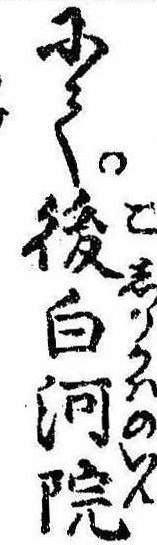
にて後白河院